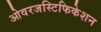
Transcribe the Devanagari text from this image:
ओवरजस्टिफिकेशन